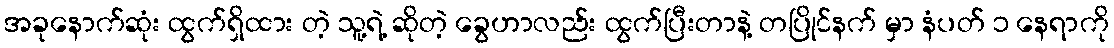
အခုနောက်ဆုံး ထွက်ရှိထား တဲ့ သူ့ရဲ့ ဆိုတဲ့ ခွေဟာလည်း ထွက်ပြီးတာနဲ့ တပြိုင်နက် မှာ နံပတ် ၁ နေရာကို